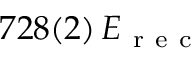
7 2 8 ( 2 ) \, E _ { \mathrm { ~ r ~ e ~ c ~ } }